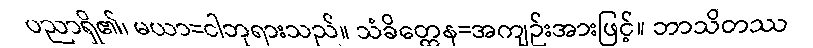
ပညာရှိ၏၊ မယာ=ငါဘုရားသည်။ သံခိတ္တေန=အကျဉ်းအားဖြင့်။ ဘာသိတဿ